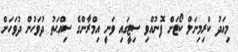
މިއަދު ކްރިމިނަލް ކޯޓަށް ފޮނުއްވި ސިޓީގައި ވަނީ އިމްރާންގެ ސިއްޙަތު ދުވަހުން ދުވަހަށް